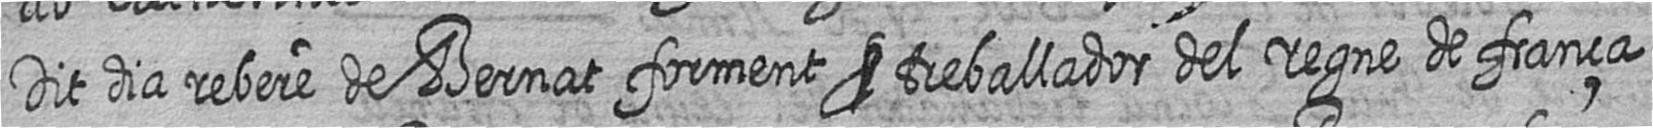
Dit dia rebere de Bernat forment # treballador del regne de frança